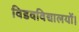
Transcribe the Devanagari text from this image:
विडवविद्यालयों।